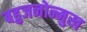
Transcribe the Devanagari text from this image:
बहुजनोन्मुख